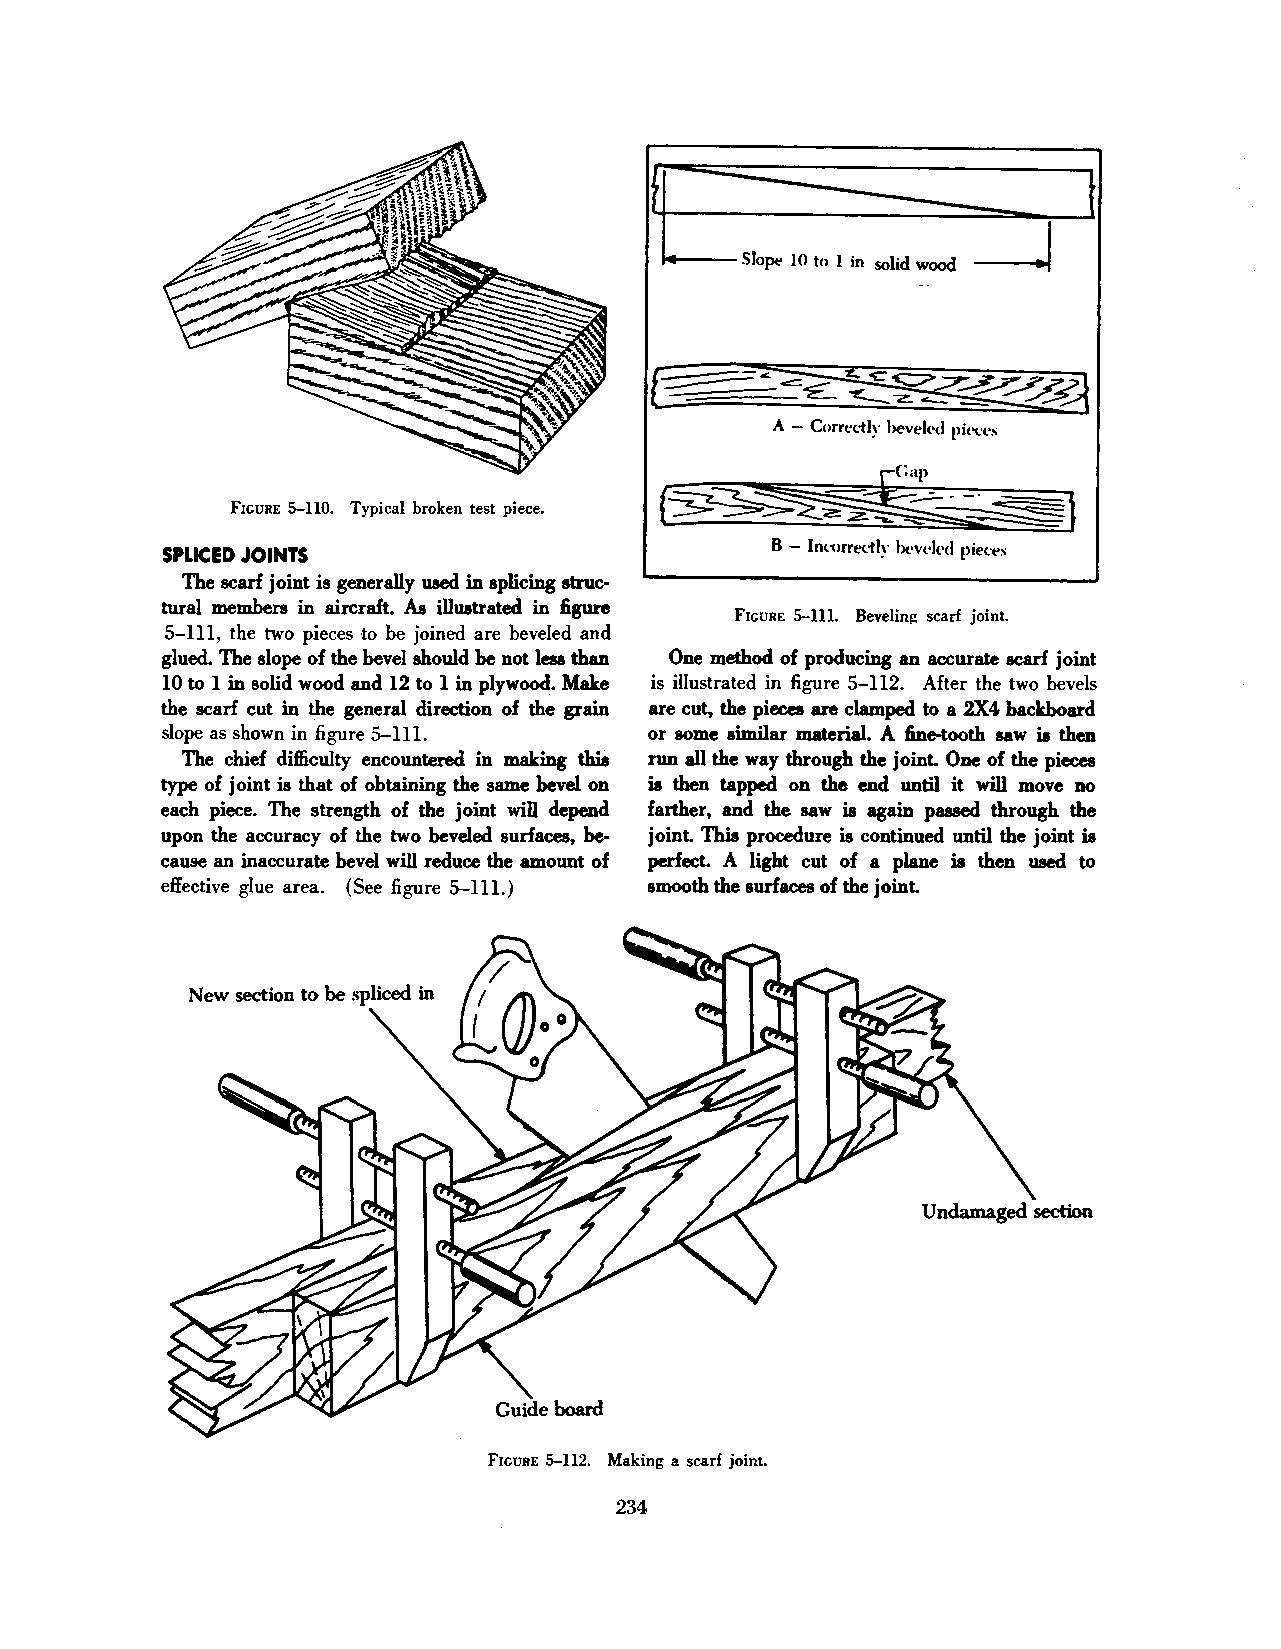
t
 fl.
 _j
 Slopt' 10 to I in solid wood
 -··
 F-'~
 A - Corrl'dly hewlt'<l pit'<.'t's
 ~
 FIGURE 5-110. Typical broken test piece. ~2z:,_ ~~~~)
 SPLICED JOINTS                          B - lnt~ lrrt'ttly l>t•vl'lt•d pie<.·t's
 The scarf joint is generally used in splicing struc
 tural members in aircraft. As illustrated in figure
 FIGURE 5-111. Bevelin!!: scarf joint.
 5-lll, the two pieces to be joined are beveled and
 glued. The slope of the bevel should be not less than One method of producing an accurate scarf joint
 10 to lin solid wood and 12 to 1 in plywood. Make is illustrated in figure 5-ll2. After the two bevels
 the scarf cut in the general direction of the grain are cut, the pieces are clamped to a 2X4 backboard
 slope as shown in figure 5-1ll. or some similar material. A fine-tooth saw is then
 The chief difficulty encountered in making this run all the way through the joint. One of the pieces
 type of joint is that of obtaining the same bevel on is then tapped on the end until it will move no
 each piece. The strength of the joint will depend farther, and the saw is again passed through the
 upon the accuracy of the two beveled surfaces, be joint. This procedure is continued until the joint is
 cause an inaccurate bevel will reduce the amount of perfect. A light cut of a plane is then used to
 effective glue area. (See figure 5-lll.) smooth the surfaces of the joint.
 FIGURE 5-112. Making a scarf joint.
 234